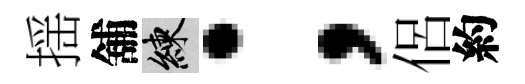
揺舖練；侶約